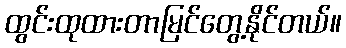
ထွင်းထုထားတာမြင်တွေ့နိုင်တယ်။